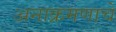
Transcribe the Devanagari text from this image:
अनाक्रमणाचे